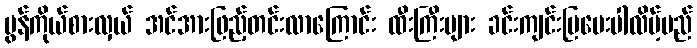
မွန်ကိုယ်စားလှယ် အင်အားဖြည့်တင်းလာကြောင်း ထီးကြီးများ ခင်းကျင်းပြပေးပါလိမ့်မည်